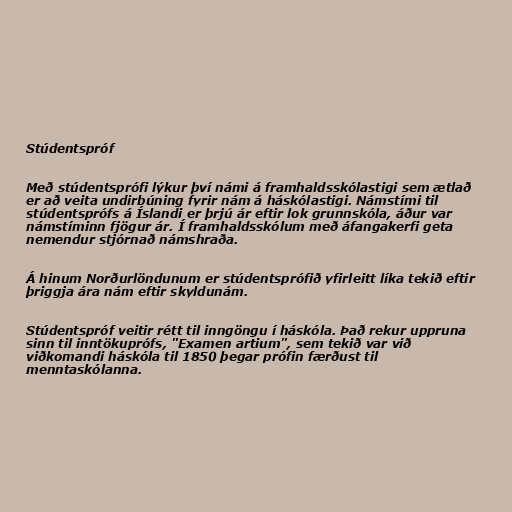
Stúdentspróf

Með stúdentsprófi lýkur því námi á framhaldsskólastigi sem ætlað
er að veita undirbúning fyrir nám á háskólastigi. Námstími til
stúdentsprófs á Íslandi er þrjú ár eftir lok grunnskóla, áður var
námstíminn fjögur ár. Í framhaldsskólum með áfangakerfi geta
nemendur stjórnað námshraða.

Á hinum Norðurlöndunum er stúdentsprófið yfirleitt líka tekið eftir
þriggja ára nám eftir skyldunám.

Stúdentspróf veitir rétt til inngöngu í háskóla. Það rekur uppruna
sinn til inntökuprófs, "Examen artium", sem tekið var við
viðkomandi háskóla til 1850 þegar prófin færðust til
menntaskólanna.